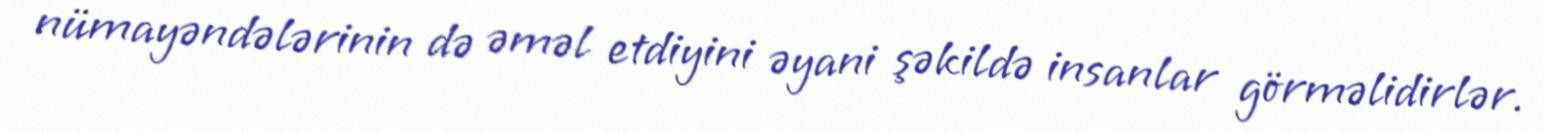
nümayəndələrinin də əməl etdiyini əyani şəkildə insanlar görməlidirlər.